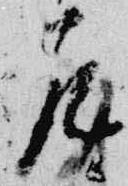
尼